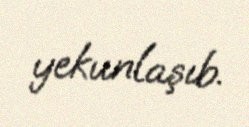
yekunlaşıb.